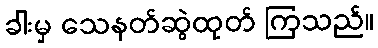
ခါးမှ သေနတ်ဆွဲထုတ် ကြသည်။